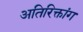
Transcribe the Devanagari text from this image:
अतिरिक्तांग